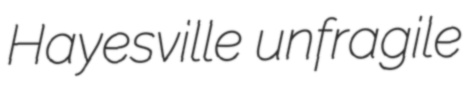
Hayesville unfragile